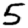
Digit: 5